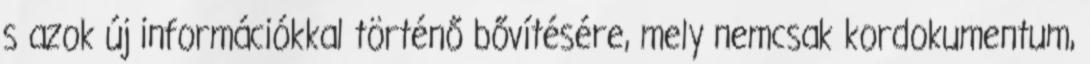
s azok új információkkal történő bővítésére, mely nemcsak kordokumentum,